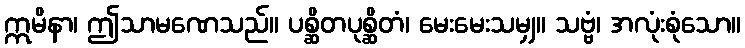
ဣမိနာ၊ ဤသာမဏေသည်။ ပစ္ဆိတပုစ္ဆိတံ၊ မေးမေးသမျှ။ သဗ္ဗံ၊ အလုံးစုံသော။